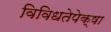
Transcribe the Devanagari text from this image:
विविधतेपेक्षा